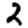
Digit: 2